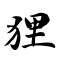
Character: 狸